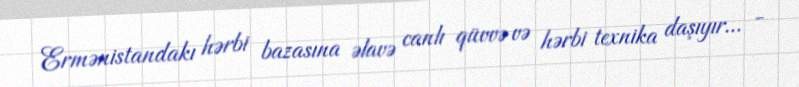
Ermənistandakı hərbi bazasına əlavə canlı qüvvə və hərbi texnika daşıyır... -